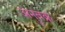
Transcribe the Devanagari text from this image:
अनुवक्र